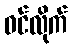
ဝင်လိုက်